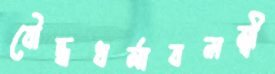
বৌদ্ধধর্মাবলম্বী